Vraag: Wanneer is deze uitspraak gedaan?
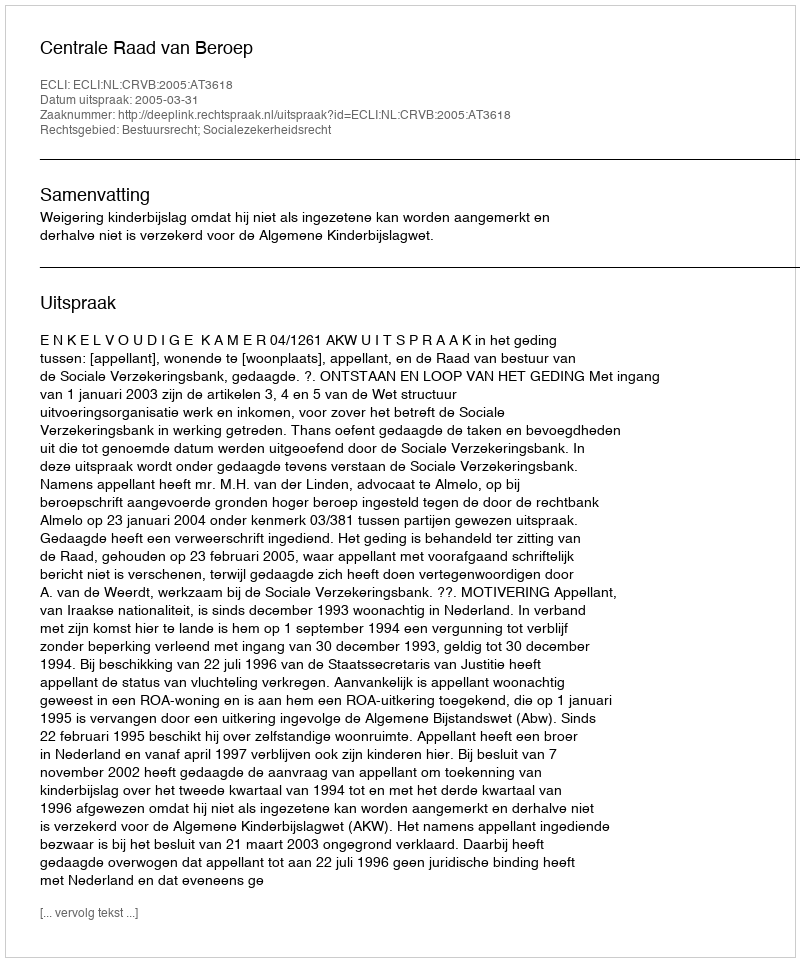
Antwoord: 2005-03-31